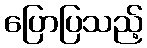
ပြောပြသည့်